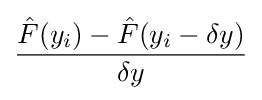
{\frac {{\hat {F}}(y_{i})-{\hat {F}}(y_{i}-\delta y)}{\delta y}}